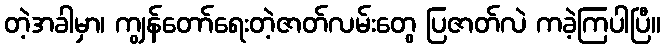
တဲ့အခါမှာ၊ ကျွန်တော်ရေးတဲ့ဇာတ်လမ်းတွေ ပြဇာတ်လဲ ကခဲ့ကြပါပြီ။